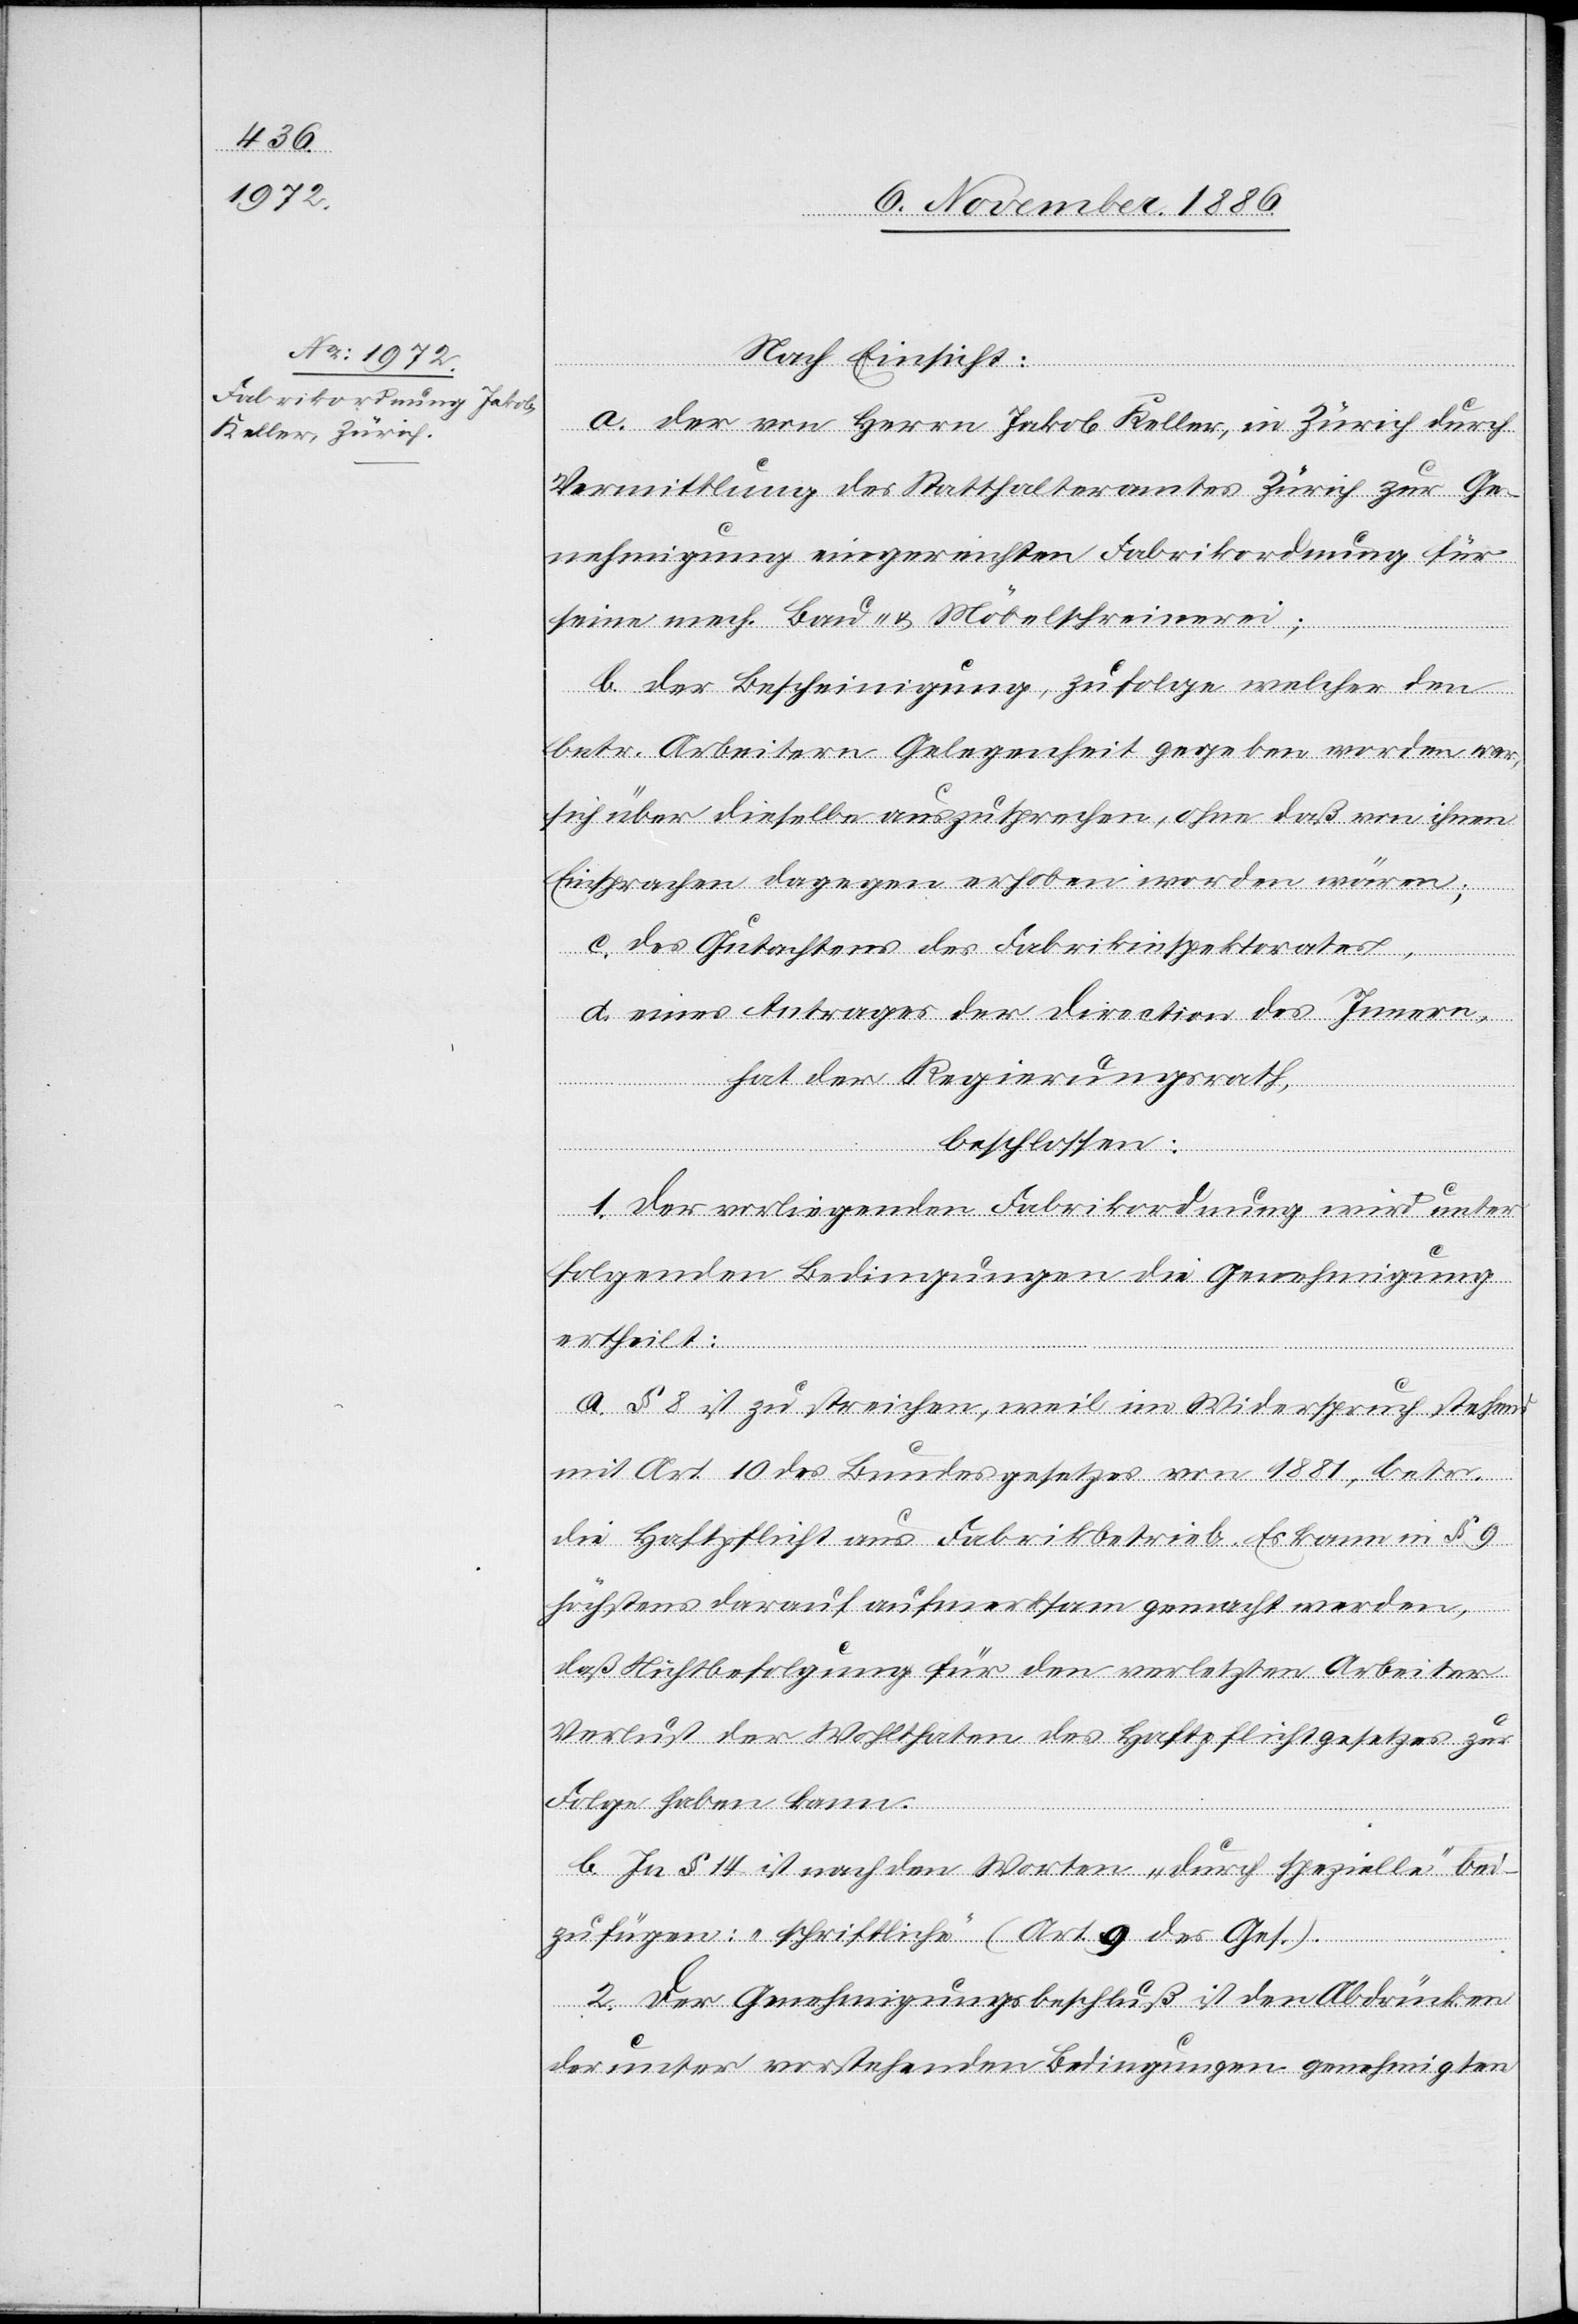
Nach Einsicht:
a. der von Herrn Jakob Keller, in Zürich durch
Vermittlung des Statthalteramtes Zürich zur Ge¬
nehmigung eingereichten Fabrikordnung für
seine mech. Bau- & Möbelschreinerei;
b. der Bescheinigung, zufolge welcher den
betr. Arbeitern Gelegenheit gegeben worden war,
sich über dieselbe auszusprechen, ohne daß von ihnen
Einsprachen dagegen erhoben worden wären;
c. des Gutachtens des Fabrikinspektorates,
d. eines Antrages der Direction des Innern,
hat der Regierungsrath,
beschlossen:
1. Der vorliegenden Fabrikordnung wird unter
folgenden Bedingungen die Genehmigung
ertheilt:
a. § 8 ist zu streichen, weil im Widerspruch stehend
mit Art. 10 des Bundesgesetzes von 1881, betr.
die Haftpflicht aus Fabrikbetrieb. Es kann in § 9
höchstens darauf aufmerksam gemacht werden,
daß Nichtbefolgung für den verletzten Arbeiter
Verlust der Wohlthaten des Haftpflichtgesetzes zur
Folge haben kann.
b. In § 14 ist nach den Worten „durch spezielle“ bei¬
zufügen: „schriftliche“ (Art. 9 des Ges.)
2. Der Genehmigungsbeschluß ist den Abdrücken
der unter vorstehenden Bedingungen genehmigten